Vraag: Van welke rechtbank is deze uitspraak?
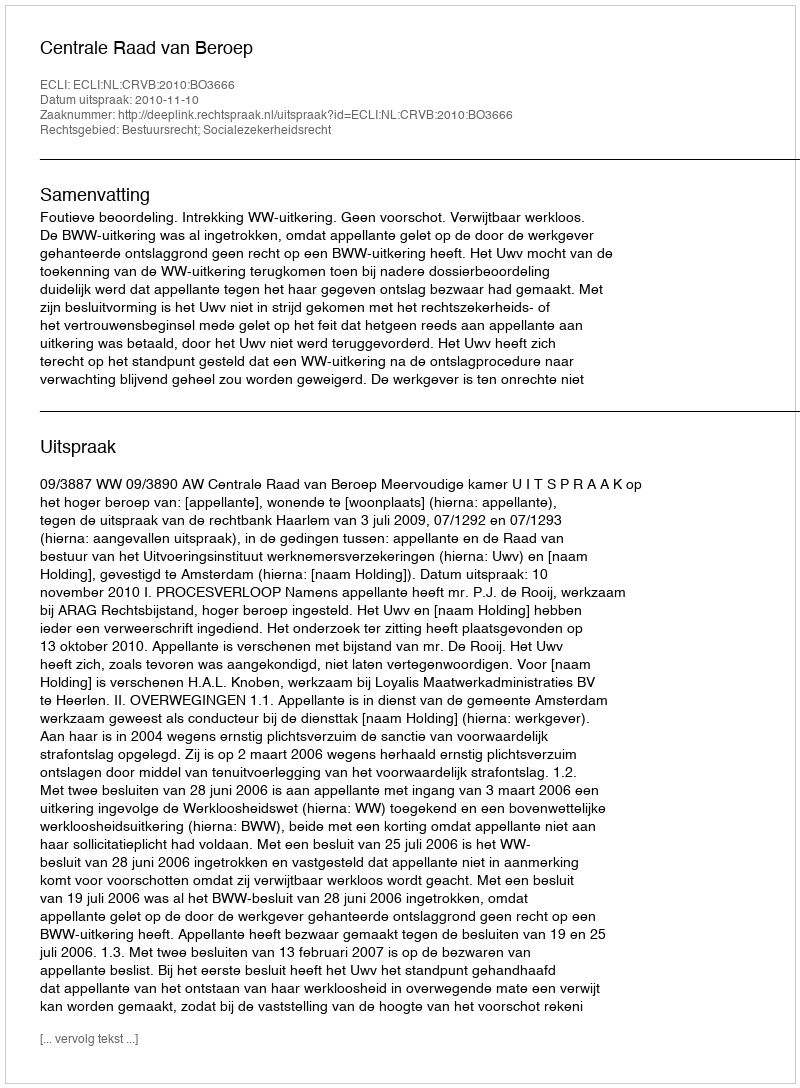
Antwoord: Centrale Raad van Beroep